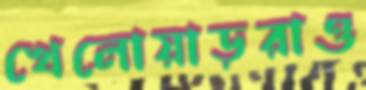
খেলোয়াড়রাও